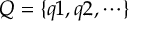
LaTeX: Q = \{ q 1 , q 2 , \cdots \}